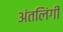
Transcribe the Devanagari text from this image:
अंतलिंगी